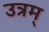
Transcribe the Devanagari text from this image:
उत्रम्